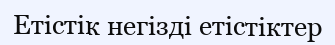
Етістік негізді етістіктер